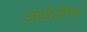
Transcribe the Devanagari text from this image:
अंदर्देशीय